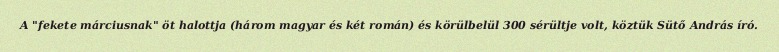
A "fekete márciusnak" öt halottja (három magyar és két román) és körülbelül 300 sérültje volt, köztük Sütő András író.